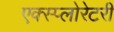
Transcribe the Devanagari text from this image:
एक्स्प्लोरेटरी